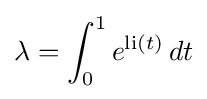
\lambda =\int _{0}^{1}e^{\mathrm {li} (t)}\,dt